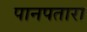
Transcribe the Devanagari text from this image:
पानपतारा